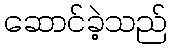
ဆောင်ခဲ့သည်